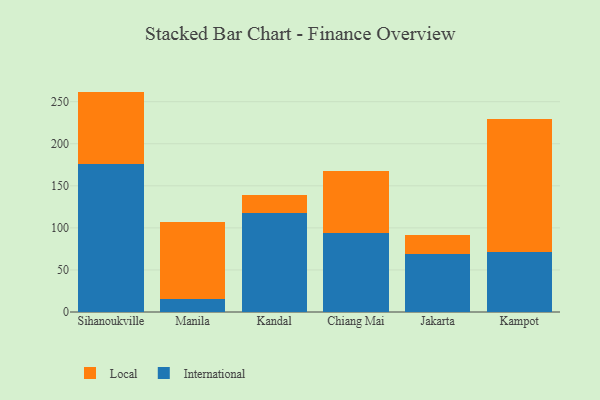
{"axis": {"x": "City", "y": "Website Visitors"}, "legend": ["International", "Local"], "data": [{"x": "Sihanoukville", "y": 175.7, "type": "International"}, {"x": "Sihanoukville", "y": 86.3, "type": "Local"}, {"x": "Manila", "y": 16.0, "type": "International"}, {"x": "Manila", "y": 90.8, "type": "Local"}, {"x": "Kandal", "y": 117.2, "type": "International"}, {"x": "Kandal", "y": 21.8, "type": "Local"}, {"x": "Chiang Mai", "y": 94.4, "type": "International"}, {"x": "Chiang Mai", "y": 73.3, "type": "Local"}, {"x": "Jakarta", "y": 68.6, "type": "International"}, {"x": "Jakarta", "y": 22.4, "type": "Local"}, {"x": "Kampot", "y": 71.1, "type": "International"}, {"x": "Kampot", "y": 158.8, "type": "Local"}]}